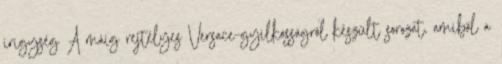
irigység A máig rejtélyes Versace-gyilkosságról készült sorozat, amiből a